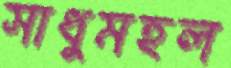
সাধুমহল